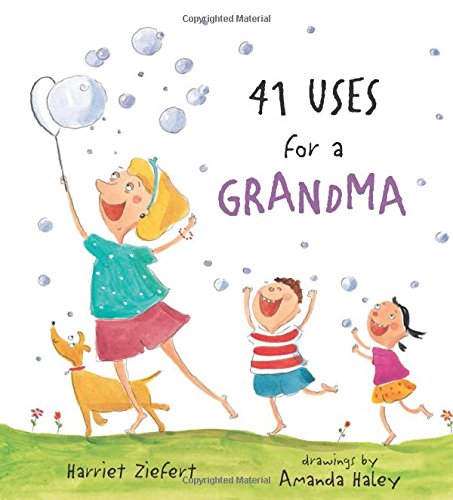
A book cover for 41 Uses for a Grandma; Harriet Ziefert; Children's Books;